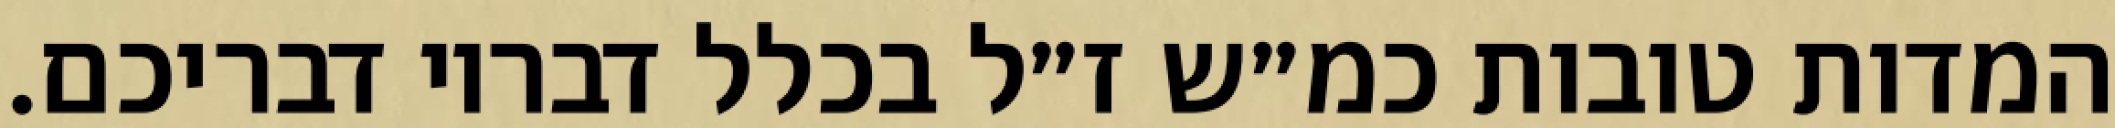
המדות טובות כמ״ש ז״ל בכלל דבריו דבריכם.